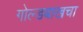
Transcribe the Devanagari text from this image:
गोल्डबाखचा